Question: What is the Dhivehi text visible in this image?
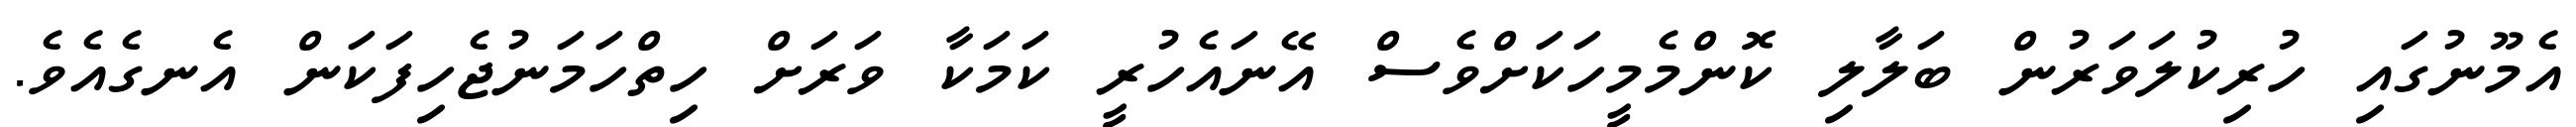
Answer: އެމޫނުގައި ހުރިކުލަވަރުން ބަލާލި ކޮންމެމީހަކަށްވެސް އޭނައެހުރީ ކަމަކާ ވަރަށް ހިތްހަމަނުޖެހިފަކަން އެނގެއެވެ.